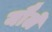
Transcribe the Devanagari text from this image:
यौलें